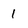
Character: 1